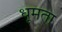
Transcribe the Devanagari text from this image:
धूमता